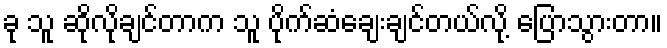
ခု သူ ဆိုလိုချင်တာက သူ ပိုက်ဆံချေးချင်တယ်လို့ ပြောသွားတာ။